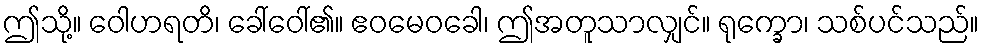
ဤသို့။ ဝေါဟရတိ၊ ခေါ်ဝေါ်၏။ ဧဝမေဝခေါ၊ ဤအတူသာလျှင်။ ရုက္ခော၊ သစ်ပင်သည်။